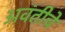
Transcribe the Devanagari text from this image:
अवंतीचे